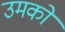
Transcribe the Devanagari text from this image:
उमको